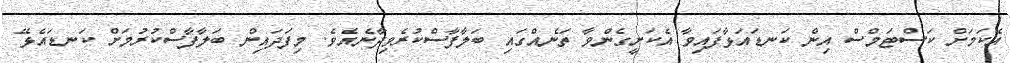
އެކަމަށް ކަސްޓަމްސް އިން ކަނޑައަޅާފައިވާ އެކަށީގެންވާ ތަނެއްގައި ބަލާފާސްކުރެވިދާނެއެވެ. މިފަދައިން ބަލާފާސްކުރުމަށް ކަނޑައެޅޭ